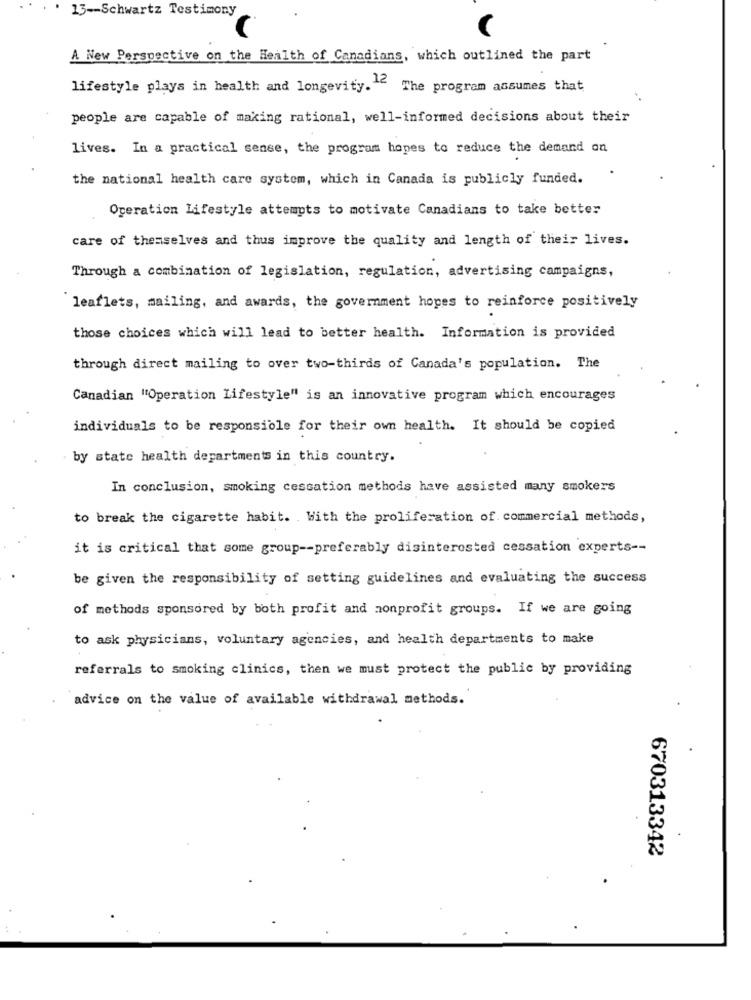
13 -- Schwartz Testimony
A New Perspective on the Health of Canadians, which outlined the part
lifestyle plays in health and longevity." The program assumes that
people are capable of making rational, well-informed decisions about their
lives. In a practical sense, the program hopes to reduce the demand on
the national health care system, which in Canada is publicly funded.
Operation Lifestyle attempts to motivate Canadians to take better
care of themselves and thus improve the quality and length of their lives.
Through a combination of legislation, regulation, advertising campaigns,
leaflets, mailing, and awards, the government hopes to reinforce positively
those choices which will lead to better health. Information is provided
through direct mailing to over two-thirds of Canada's population. The
Canadian "Operation Lifestyle" is an innovative program which encourages
individuals to be responsible for their own health. It should be copied
by state health departments in this country.
In conclusion, smoking cessation methods have assisted many smokers
to break the cigarette habit. With the proliferation of commercial methods,
it is critical that some group -- preferably disinterested cessation experts --
be given the responsibility of setting guidelines and evaluating the success
of methods sponsored by both profit and nonprofit groups. If we are going
to ask physicians, voluntary agencies, and health departments to make
referrals to smoking clinics, then we must protect the public by providing
advice on the value of available withdrawal methods.
670313342